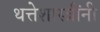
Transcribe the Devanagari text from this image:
थत्तेशास्त्रींनी